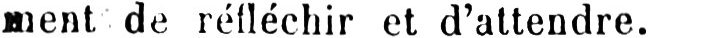
ment de réfléchir et d’attendre.